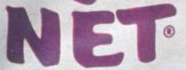
NET